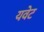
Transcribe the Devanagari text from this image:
यवेट